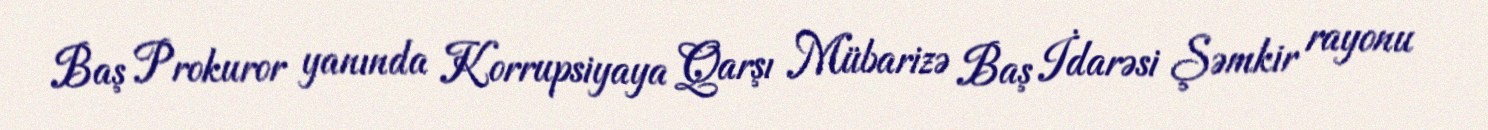
Baş Prokuror yanında Korrupsiyaya Qarşı Mübarizə Baş İdarəsi Şəmkir rayonu